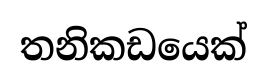
තනිකඩයෙක්